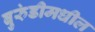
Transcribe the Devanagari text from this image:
बुरुंडीमधील